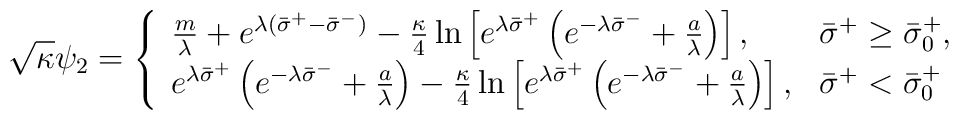
\sqrt{\kappa}{\psi}_2=\left\{\begin{array}{ll}\frac{m}{\lambda}+e^{{\lambda}({\bar{\sigma}}^{+}-{\bar{\sigma}}^{-})}-\frac{\kappa}{4}\ln\left[e^{{\lambda}{\bar{\sigma}}^{+}}\left(e^{-{\lambda}{\bar{\sigma}}^{-}}+\frac{a}{\lambda}\right)\right],& {\bar{\sigma}}^{+} \geq {\bar{\sigma}}^{+}_{0}, \\e^{{\lambda}{\bar{\sigma}}^{+}}\left(e^{-{\lambda}{\bar{\sigma}}^{-}}+\frac{a}{\lambda}\right)-\frac{\kappa}{4}\ln\left[e^{{\lambda}{\bar{\sigma}}^{+}}\left(e^{-{\lambda}{\bar{\sigma}}^{-}}+\frac{a}{\lambda}\right)\right],& {\bar{\sigma}}^{+} < {\bar{\sigma}}^{+}_{0}\end{array}\right.